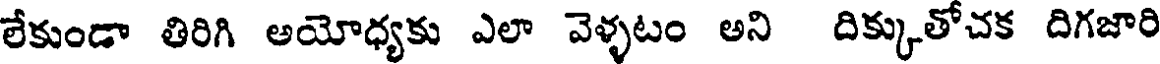
లేకుండా తిరిగి అయోధ్యకు ఎలా వెళ్ళటం అని దిక్కుతోచక దిగజారి